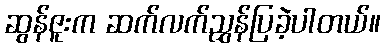
ဆွန်ဇူးက ဆက်လက်ညွှန်ပြခဲ့ပါတယ်။